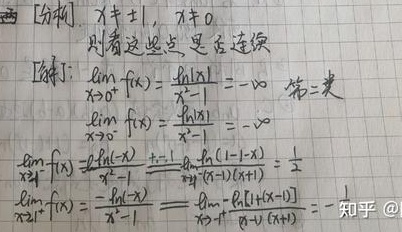
[分析] \(x\neq\pm1\)，\(x\neq0\)，则看这些点是否连续。
[解]：
\(\lim\limits_{x \to 0^{+}}f(x)=\frac{\ln 1}{x - 1}=-\infty\) ，第二类。
\(\lim\limits_{x \to 0^{-}}f(x)=\frac{\ln|x|}{x - 1}=-\infty\)
\(\lim\limits_{x \to 1^{-}}f(x)=\frac{\ln(1 - x)}{x^{2}-1}\xlongequal{+1}\lim\limits_{x \to 1^{-}}\frac{\ln(1 - x + 1 - 1)}{(x - 1)(x + 1)}=\frac{1}{2}\)
\(\lim\limits_{x \to 1^{+}}f(x)=\frac{-\ln(x - 1)}{x^{2}-1}=\lim\limits_{x \to 1^{+}}\frac{-\ln[(x - 1)+0]}{(x - 1)(x + 1)}=-\) 知乎